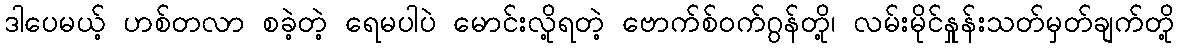
ဒါပေမယ့် ဟစ်တလာ စခဲ့တဲ့ ရေမပါပဲ မောင်းလို့ရတဲ့ ဗောက်စ်ဝက်ဂွန်တို့၊ လမ်းမိုင်နှုန်းသတ်မှတ်ချက်တို့